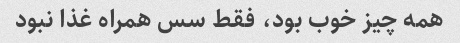
همه چیز خوب بود، فقط سس همراه غذا نبود